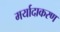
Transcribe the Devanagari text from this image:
मर्यादाकरण